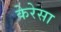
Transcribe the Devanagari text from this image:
केरेसा